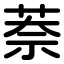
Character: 萘